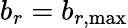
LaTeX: b_{r}=b_{r,\operatorname*{max}}